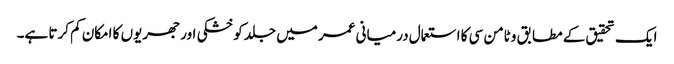
ایک تحقیق کے مطابق وٹامن سی کا استعمال درمیانی عمر میں جلد کو خشکی اور جھریوں کا امکان کم کرتا ہے۔